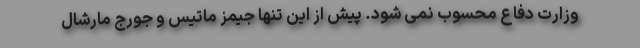
وزارت دفاع محسوب نمی شود. پیش از این تنها جیمز ماتیس و جورج مارشال